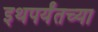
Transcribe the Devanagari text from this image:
इथपर्यंतच्या